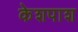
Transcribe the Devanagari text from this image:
केशपाश